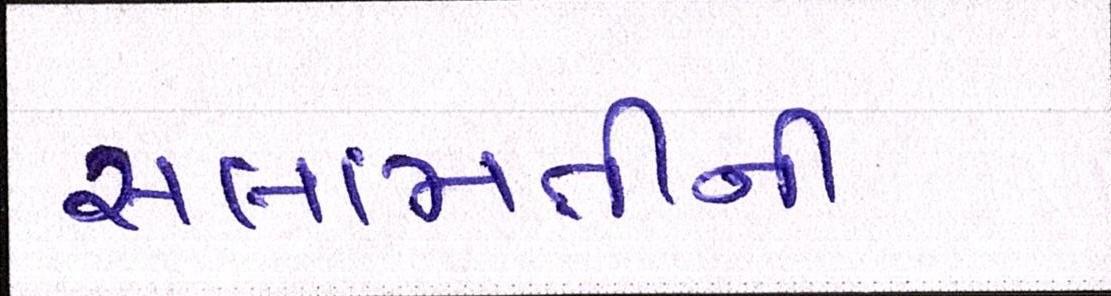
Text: સલામતીની